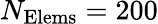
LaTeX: N_{\mathrm{Elems}}=200